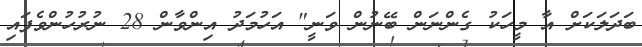
ބަދަލަކަށް އާ މީހަކު ގެންނަން ބޭނުން ވަނީ" އަހުމަދު އިންވާން 28 ނުރުހުންވެފައި